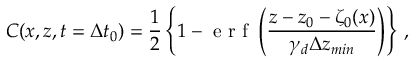
C ( x , z , t = \Delta t _ { 0 } ) = \frac { 1 } { 2 } \left\{ 1 - \mathrm { ~ e ~ r ~ f ~ } \left( \frac { z - z _ { 0 } - \zeta _ { 0 } ( x ) } { \gamma _ { d } \Delta z _ { m i n } } \right) \right\} \, ,